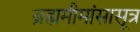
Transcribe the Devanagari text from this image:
ब्रह्ममीमांसासूत्र